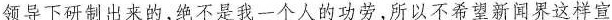
领导下研制出来的，绝不是我一个人的功劳，所以不希望新闻界这样宣